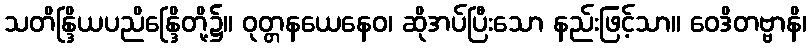
သတိန္ဒြိယပညိန္ဒြေိတို့၌။ ဝုတ္တနယေနေဝ၊ ဆိုအပ်ပြီးသော နည်းဖြင့်သာ။ ဝေဒိတဗ္ဗာနိ၊